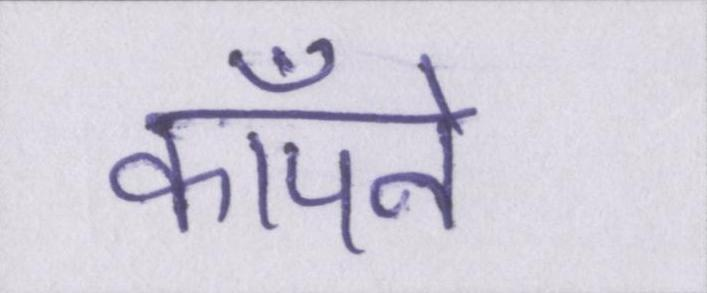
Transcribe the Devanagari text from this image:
काँपने